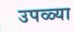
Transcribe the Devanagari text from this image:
उपळ्या